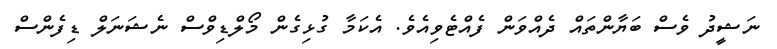
ނަޝީދު ވެސް ބަޔާންތައް ދެއްވަން ފެއްޓެވިއެވެ. އެކަމާ ގުޅިގެން މޯލްޑިވްސް ނެޝަނަލް ޑިފެންސް